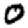
Digit: 0